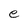
Character: e